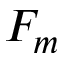
F _ { m }